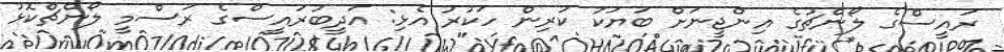
ރައީސްގެ ލޯންޗުގެ އިންޖީނަށް ބަޔަކު ކުރިން ހަކުރު އެޅި: އަދީބުރައީސްގެ ރަސްމީ ލޯންޗްކޮޅު